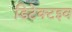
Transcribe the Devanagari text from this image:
डिटेक्टइव